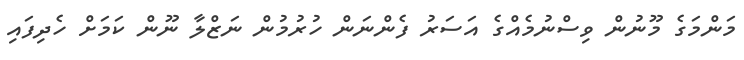
މަންމަގެ މޫނުން ވިސްނުމެއްގެ އަސަރު ފެންނަން ހުރުމުން ނަޒްލާ ނޫން ކަމަށް ހެދިފައި